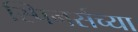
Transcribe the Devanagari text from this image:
स्पिनर्सच्या